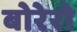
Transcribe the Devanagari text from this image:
बोरेरो